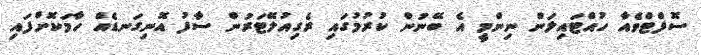
ސޮފްޓްވެއާ ހުއްޓައިލަން ނިންމީ އެ ބޭނުން ކުރުމުގައި ރެގިއުލޭޓަރުން ސާފު އޮނިގަނޑެއް ހާމަކޮށްފައި